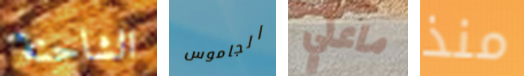
الشاحنة الجاموس ماعلي منذ